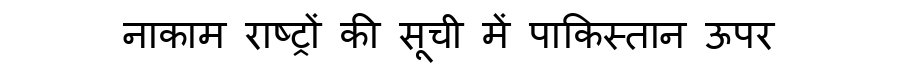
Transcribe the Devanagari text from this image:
नाकाम राष्ट्रों की सूची में पाकिस्तान ऊपर